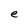
Character: e